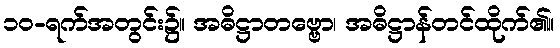
၁၀-ရက်အတွင်း၌။ အဓိဋ္ဌာတဗ္ဗော၊ အဓိဋ္ဌာန်တင်ထိုက်၏။